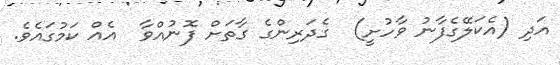
އަދި (އެކަލޭގެފާނު ވާހުށީ)  ގެދަރިންގެ ގާތަށް ފޮނުއްވާ  އެއް ކަމުގައެވެ.